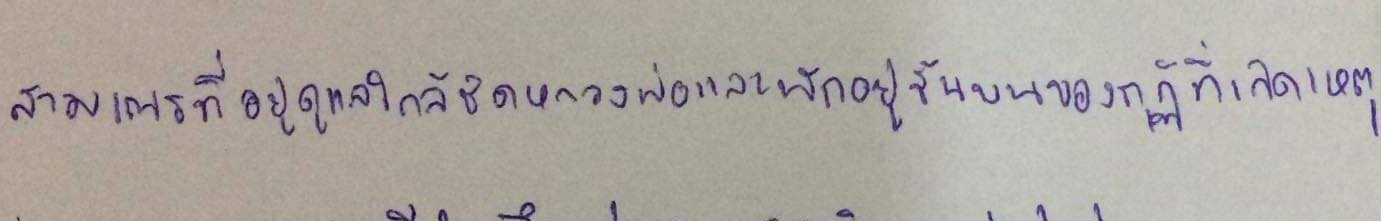
สามเณรที่อยู่ดูแลใกล้ชิดหลวงพ่อและพักอยู่ชั้นบนของกุฏิที่เกิดเหตุ